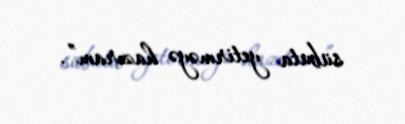
sübuta yetirməyə hazıram”.